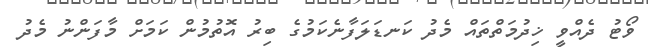
ވޯޓު ދެއްވީ ޚިދުމަތްތައް މެދު ކަނޑަލަފާނެކަމުގެ ބިރު އޮތުމުން ކަމަށް މާފަންނު މެދު